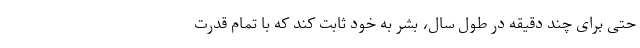
حتی برای چند دقیقه در طول سال، بشر به خود ثابت کند که با تمام قدرت